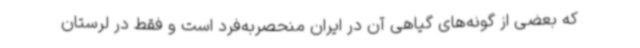
که بعضی از گونه‌های گیاهی آن در ایران منحصربه‌فرد است و فقط در لرستان